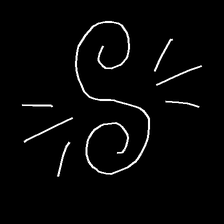
Glyph: wind-directs-air